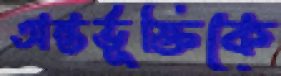
অন্তর্ভূক্তিকে